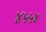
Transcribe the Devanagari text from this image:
४५५४